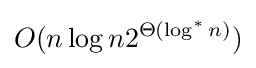
O(n\log n2^{\Theta (\log ^{*}n)})